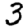
Digit: 3